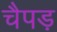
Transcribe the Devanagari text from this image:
चैपड़